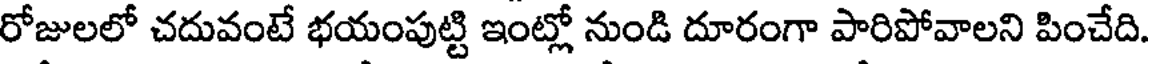
రోజులలో చదువంటే భయంపుట్టి ఇంట్లో నుండి దూరంగా పారిపోవాలని పించేది.